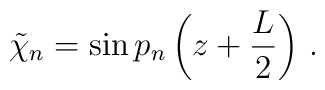
\tilde \chi_n=\sin p_n \left ( z + \frac{L}{2} \right )\,.